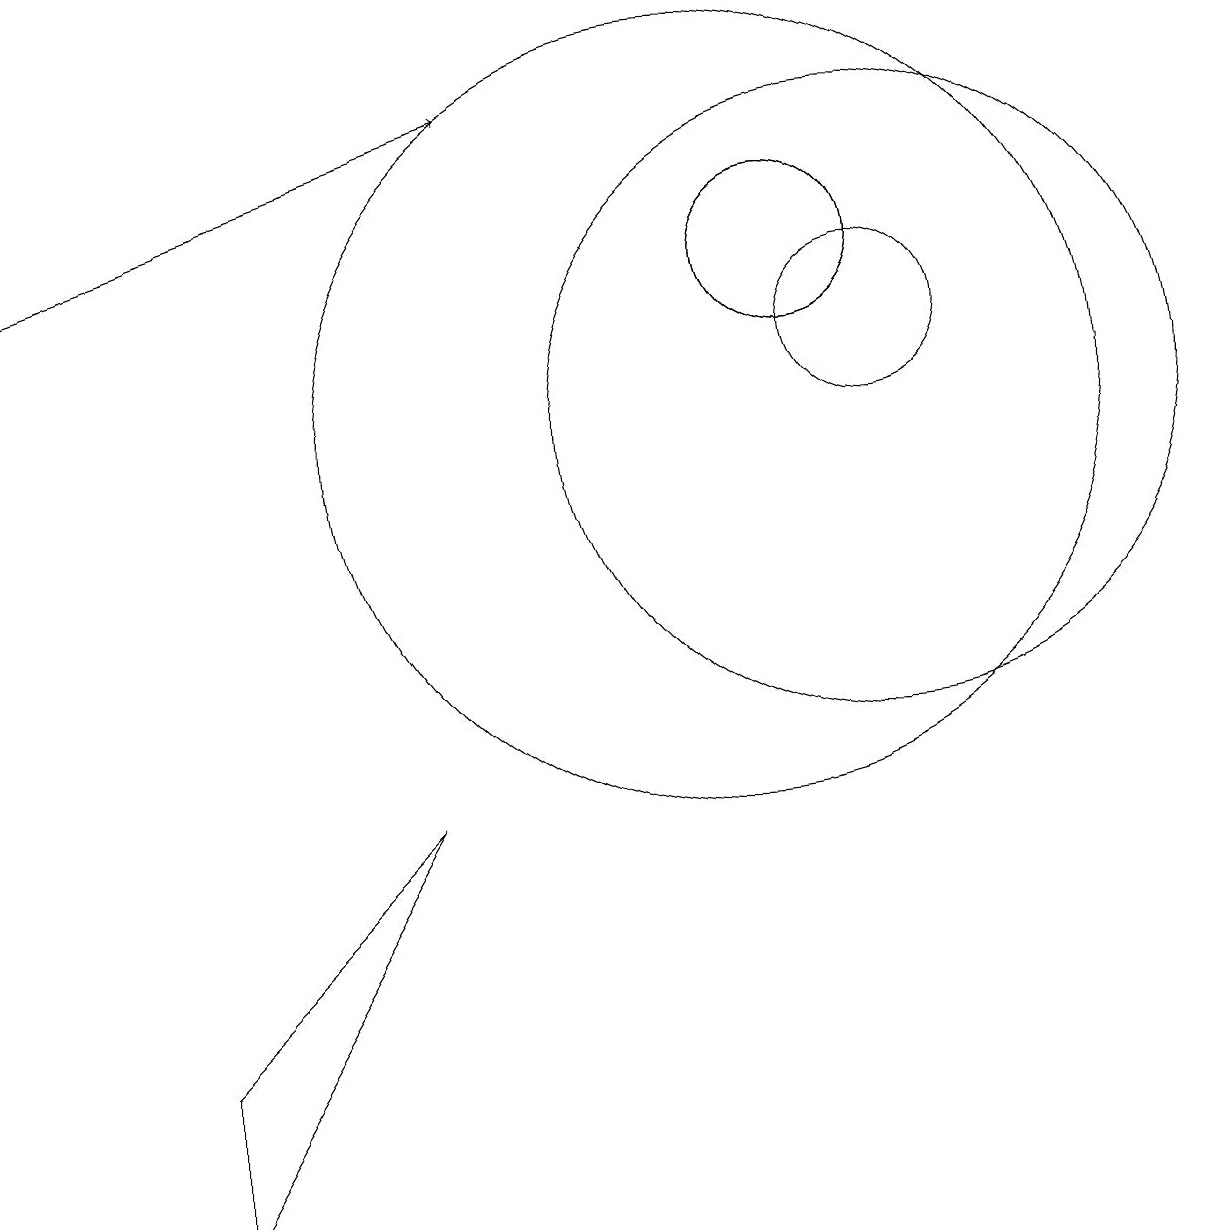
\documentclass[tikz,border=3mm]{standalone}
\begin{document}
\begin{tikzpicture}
\draw (11,12) circle (1);
\draw[->] (1,12) -- (7,14);
\draw (11,12) circle (1);
\draw (12,11) circle (1);
\draw (12,10) circle (4);
\draw (10,10) circle (5);
\draw (3,0) -- (6,5) -- (3,2) -- cycle;
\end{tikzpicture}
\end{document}